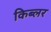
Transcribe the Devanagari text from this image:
किब्लर